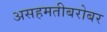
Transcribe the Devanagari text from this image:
असहमतीबरोबर